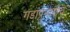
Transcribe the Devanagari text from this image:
गडांप्रमाणेच